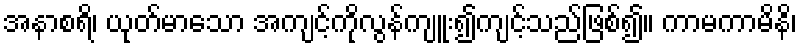
အနာစရိ၊ ယုတ်မာသော အကျင့်ကိုလွန်ကျူး၍ကျင့်သည်ဖြစ်၍။ ကာမကာမိနိ၊